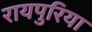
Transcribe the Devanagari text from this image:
रायपुरिया